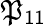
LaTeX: \mathfrak{P}_{11}